Vaccination in Bombay 1874-1876 - 1874-1876
Year: 1874
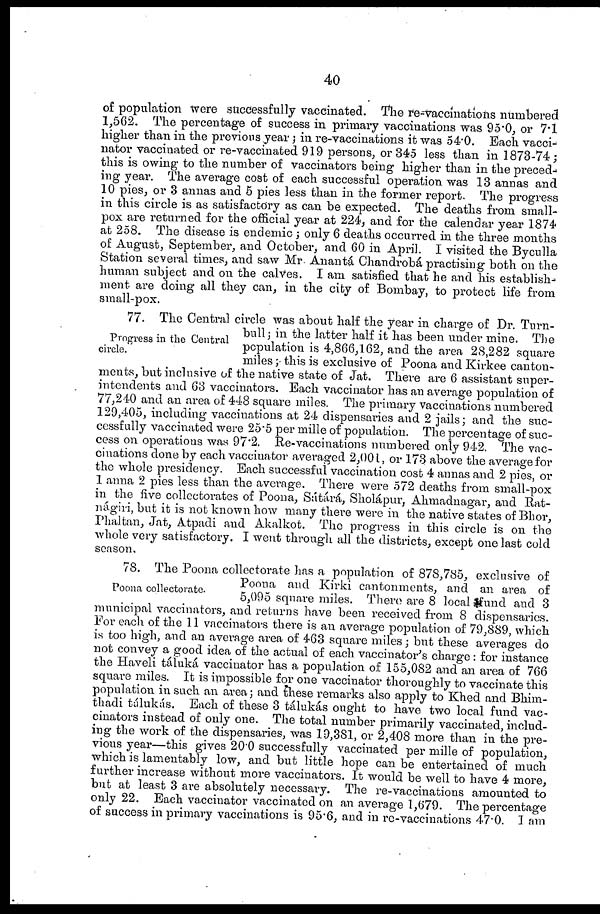
40
of population were successfully vaccinated. The re-vaccinations numbered
1,562. The percentage of success in primary vaccinations was 95.0, or 7.1
higher than in the previous year; in re-vaccinations it was 54.0. Each vacci¬
nator vaccinated or re-vaccinated 919 persons, or 345 less than in 1873-74 ;
this is owing to the number of vaccinators being higher than in the preced¬
ing year. The average cost of each successful operation was 13 annas and
10 pies, or 3 annas and 5 pies less than in the former report. The progress
in this circle is as satisfactory as can be expected. The deaths from small-
pox are returned for the official year at 224, and for the calendar year 1874
at 258. The disease is endemic; only 6 deaths occurred in the three months
of August, September, and October, and 60 in April. I visited the Byculla
Station several times, and saw Mr. Anantá Chandrobá practising both on the
human subject and on the calves. I am satisfied that he and his establish-
ment are doing all they can, in the city of Bombay, to protect life from
small-pox.
Progress in the Central
circle.
77. The Central circle was about half the year in charge of Dr. Turn-
bull ; in the latter half it has been under mine. The
population is 4,866,162, and the area 28,282 square
miles ; this is exclusive of Poona and Kirkee canton-
ments, but inclusive of the native state of Jat. There are 6 assistant super-
intendents and 63 vaccinators. Each vaccinator has an average population of
77,240 and an area of 448 square miles. The primary vaccinations numbered
129,405, including vaccinations at 24 dispensaries and 2 jails; and the suc-
cessfully vaccinated were 25.5 per mille of population. The percentage of suc-
cess on operations was 97.2. Re-vaccinations numbered only 942. The vac-
cinations done by each vaccinator averaged 2,001, or 173 above the average for
the whole presidency. Each successful vaccination cost 4 annas and 2 pies, or
1 anna 2 pies less than the average. There were 572 deaths from small-pox
in the five collectorates of Poona, Sátárá, Sholápur, Ahmadnagar, and Rat¬
nágiri, but it is not known how many there were in the native states of Bhor,
Phaltan, Jat, Atpadi and Akalkot. The progress in this circle is on the
whole very satisfactory. I went through all the districts, except one last cold
season.
Poona collectorate.
78. The Poona collectorate has a population of 878,785, exclusive of
Poona and Kirki cantonments, and an area of
5,095 square miles. There are 8 local fund and 3
municipal vaccinators, and returns have been received from 8 dispensaries.
For each of the 11 vaccinators there is an average population of 79,889, which
is too high, and an average area of 463 square miles; but these averages do
not convey a good idea of the actual of each vaccinator's charge: for instance
the Haveli táluká vaccinator has a population of 155,082 and an area of 766
square miles. It is impossible for one vaccinator thoroughly to vaccinate this
population in such an area; and these remarks also apply to Khed and Bhim¬
thadi tálukás. Each of these 3 tálukás ought to have two local fund vac-
cinators instead of only one. The total number primarily vaccinated, includ-
ing the work of the dispensaries, was 19,381, or 2,408 more than in the pre-
vious year—this gives 20.0 successfully vaccinated per mille of population,
which is lamentably low, and but little hope can be entertained of much
further increase without more vaccinators. It would be well to have 4 more,
but at least 3 are absolutely necessary. The re-vaccinations amounted to
only 22. Each vaccinator vaccinated on an average 1,679. The percentage
of success in primary vaccinations is 95.6, and in re-vaccinations 47.0. I am